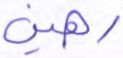
رهين